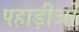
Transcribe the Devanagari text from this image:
पहाड़ीओं